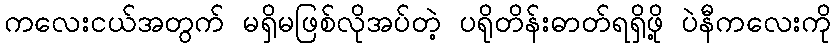
ကလေးငယ်အတွက် မရှိမဖြစ်လိုအပ်တဲ့ ပရိုတိန်းဓာတ်ရရှိဖို့ ပဲနီကလေးကို